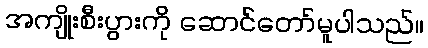
အကျိုးစီးပွားကို ဆောင်တော်မူပါသည်။